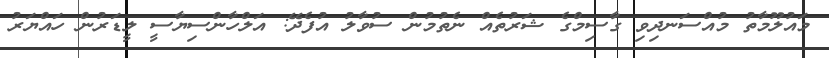
މައުލޫމާތު މުއްސަނދިވި ގާސިމްގެ ޝަރުތެއް ނެތުމުން ސުވާލު އުފެދޭ: އަލްހާންސިޔާސީ ލީޑަރުން ހައްޔަރު